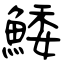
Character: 鯘